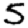
Digit: 5